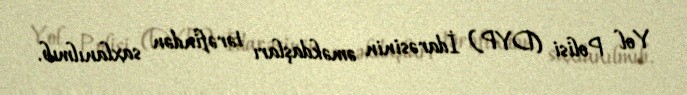
Yol Polisi (DYP) İdarəsinin əməkdaşları tərəfindən saxlanılmıb.